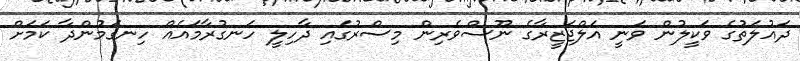
ދައުލަތުގެ ވަކީލުން ވަނީ އަލްޖަޒީރާގެ ނޫސްވެރިން މިސްރުގައި ދާހިލީ ހަނގުރާމައެއް ހިނގަމުންދާ ކަމަށް